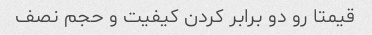
قیمتا رو دو برابر کردن کیفیت و حجم نصف